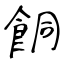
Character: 餇